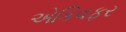
એકિવફર